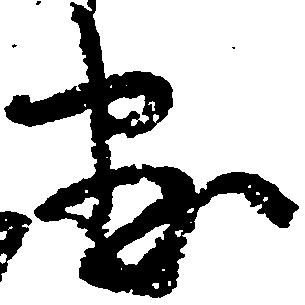
尽